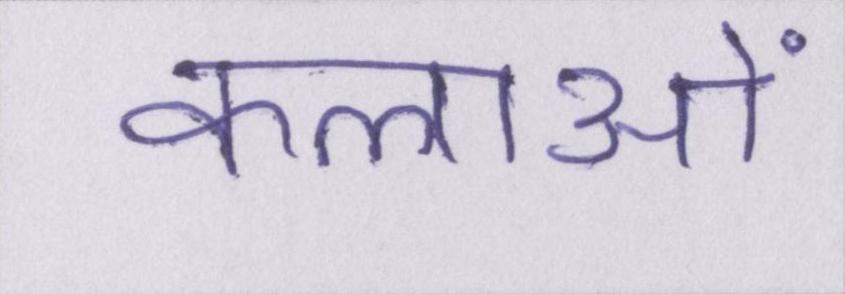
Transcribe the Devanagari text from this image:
कलाओं